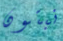
نبتون